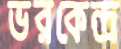
ভরকেন্দ্র